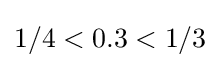
1/4<0.3<1/3